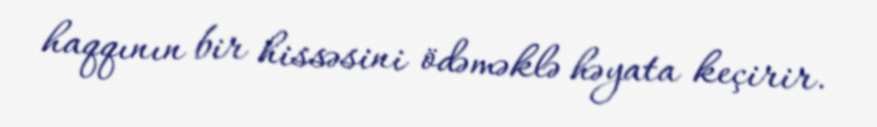
haqqının bir hissəsini ödəməklə həyata keçirir.